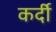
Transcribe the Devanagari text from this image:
कर्दी